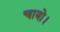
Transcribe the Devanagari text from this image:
चाबो।